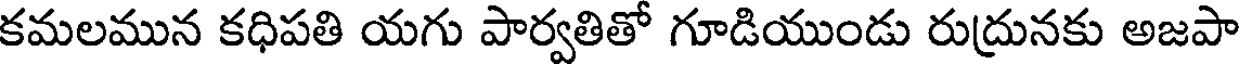
కమలమున కధిపతి యగు పార్వతితో గూడియుండు రుద్రునకు అజపా